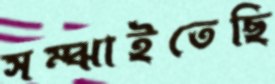
সম্‌ঝাইতেছি